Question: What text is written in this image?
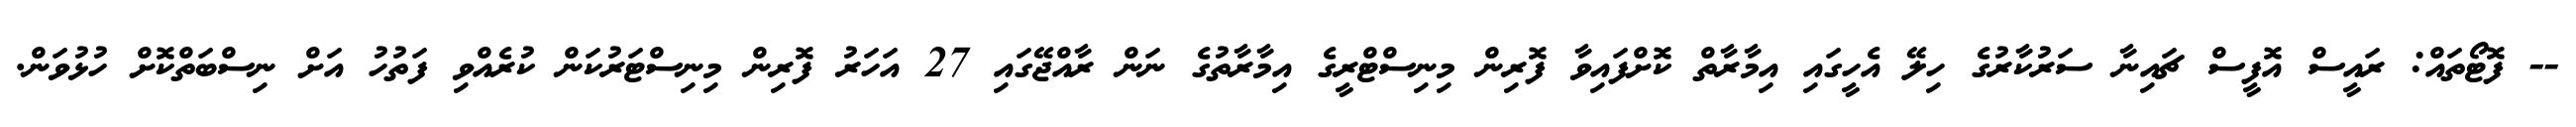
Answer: -- ފޮޓޯތައް: ރައީސް އޮފީސް ޗައިނާ ސަރުކާރުގެ ހިލޭ އެހީގައި އިމާރާތް ކޮށްފައިވާ ފޮރިން މިނިސްޓްރީގެ އިމާރާތުގެ ނަން ރާއްޖޭގައި 27 އަހަރު ފޮރިން މިނިސްޓަރުކަން ކުރެއްވި ފަތުހު އަށް ނިސްބަތްކޮށް ހުޅުވަން.